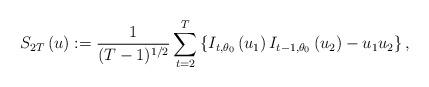
LaTeX: \begin{align*}S_{2T}\left( u\right) :=\frac{1}{(T-1)^{1/2}}\sum_{t=2}^{T}\left\{I_{t,\theta _{0}}\left( u_{1}\right) I_{t-1,\theta _{0}}\left( u_{2}\right)-u_{1}u_{2}\right\} , \end{align*}